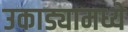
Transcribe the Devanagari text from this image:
उकाड्यामध्ये